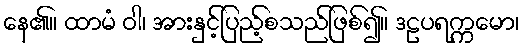
နေ၏။ ထာမံ ဝါ၊ အားနှင့်ပြည့်စသည်ဖြစ်၍။ ဒဠပရက္ကမော၊